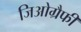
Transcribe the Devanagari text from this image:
जिओग्रैफी